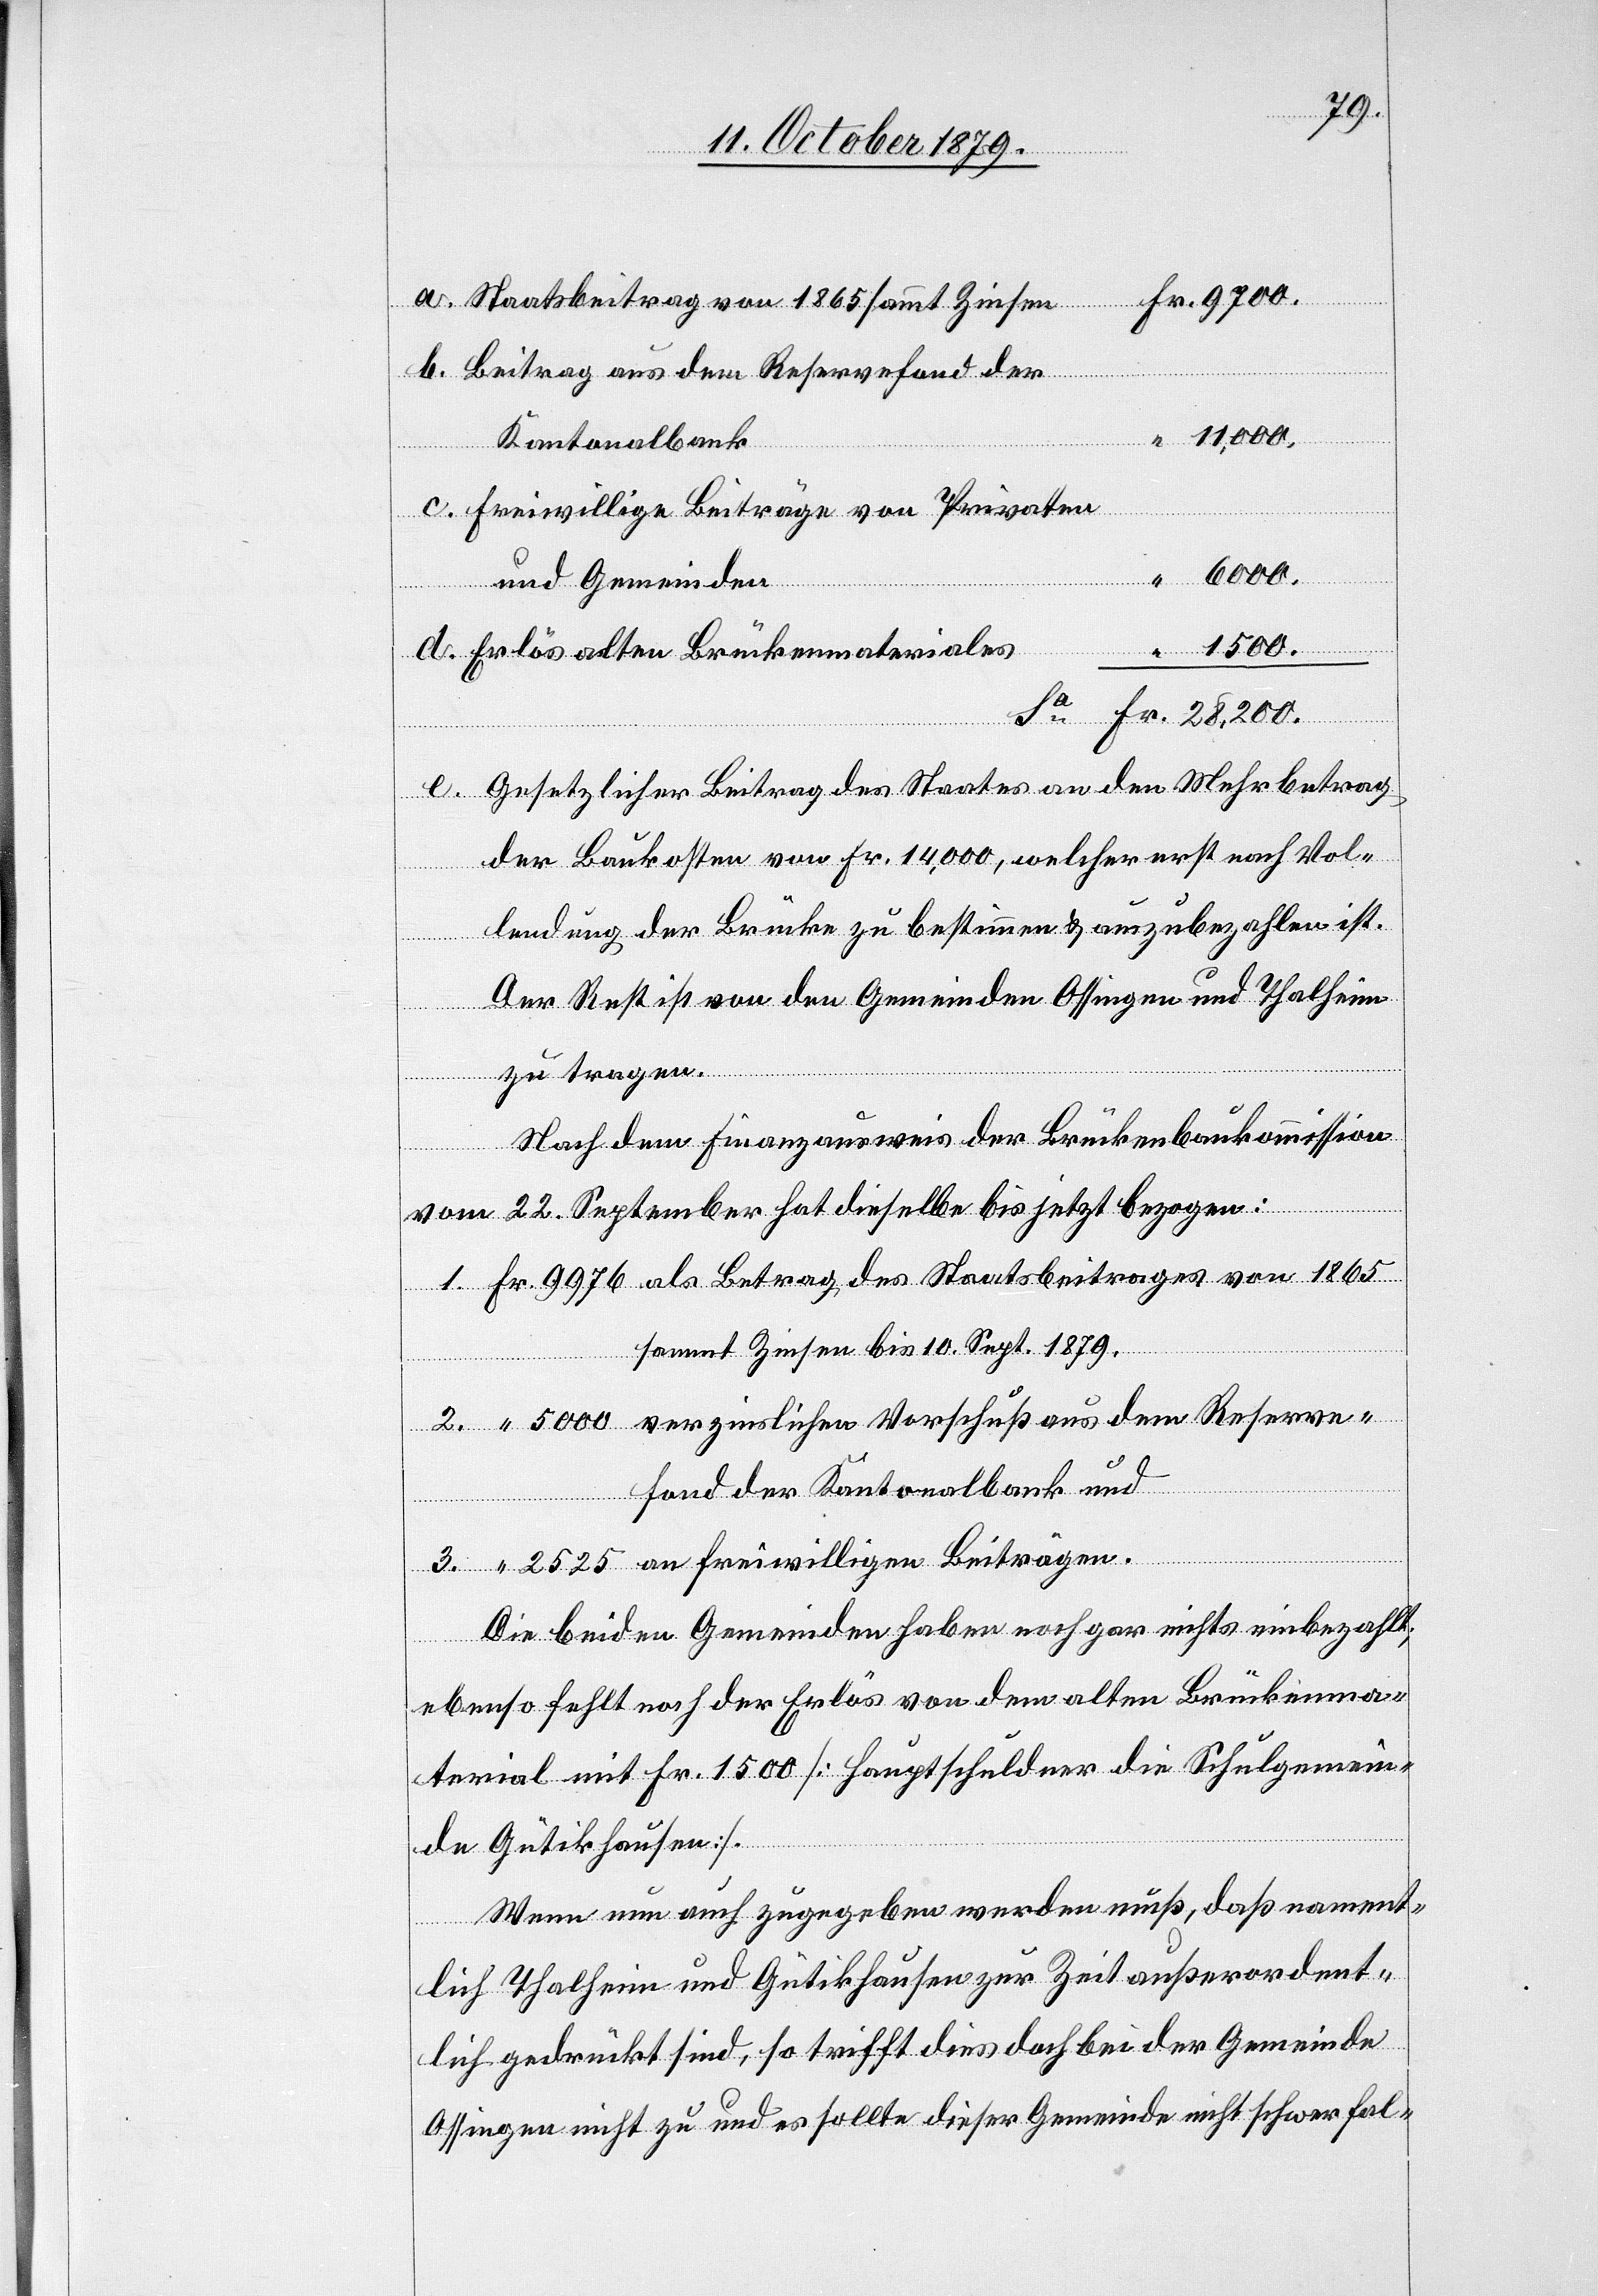
9700.
Beitrag aus dem Reservefond der
“ 11,000.
Kantonalbank
Freiwillige Beiträge von Privaten
“ 6000.
und Gemeinden
“ 1500.
Erlös alten Brückenmaterials.
Fr. 28,200
C. Gesetzlicher Beitrag des Staates an den Mehrbetrag
der Baukosten von Fr. 14,000 welcher erst nach Vol¬
lendung der Brücke zu bestimmen & auszubezahlen ist.
Sa
Der Rest ist von den Gemeinden Ossingen und Thalheim
Fr.
zu tragen.
Nach dem Finanzausweis der Brückenbaukommission
vom 22. September hat dieselbe bis jetzt bezogen:
1. Fr. 9976 als Betrag des Staatsbeitrages von 1865
von
sammt Zinsen bis 10. Sept. 1879.
2. “ 5000 verzinslichen Vorschuß aus dem Reserve¬
a.
fond der Kantonalbank und
Zinsen
3. “ 2525 an freiwilligen Beiträgen.
Die beiden Gemeinden haben noch gar nicht einbezahlt;
ebenso fehlt noch der Erlös von dem alten Brückenma¬
terial mit Fr. 1500 [Hauptschuldner die Schulgemein¬
de Gütikhausen].
Wenn nun auch zugegeben werden muß, daß nament¬
sammt
lich Thalheim und Gütikhausen zur Zeit außerordent¬
lich gedrückt sind, so trifft dies doch bei der Gemeinde
Ossingen nicht zu und es sollte dieser Gemeinde nicht schwer fal-